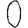
Digit: 0